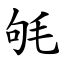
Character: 㲒